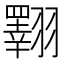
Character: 𦒡